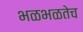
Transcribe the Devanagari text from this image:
भळभळतेच